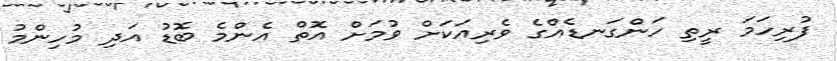
ފުރިހަމަ ރީތި ހަންގަނޑެއްގެ ވެރިއަކަށް ވުމަށް އޮތް އެންމެ ބޮޑު އަދި މުހިންމު